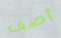
أصف